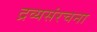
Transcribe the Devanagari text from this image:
द्रव्यसंरचना